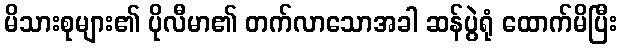
မိသားစုများ၏ ပိုလီမာ၏ တက်လာသောအခါ ဆန်ပွဲရုံ ထောက်မိပြီး